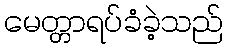
မေတ္တာရပ်ခံခဲ့သည်